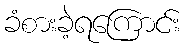
ခံစားခဲ့ရကြောင်း